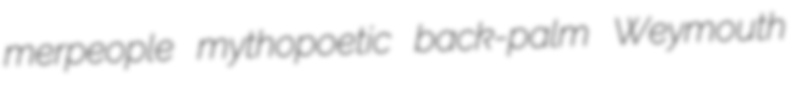
merpeople mythopoetic back-palm Weymouth